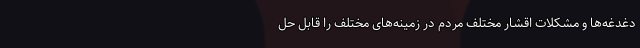
دغدغه‌ها و مشکلات اقشار مختلف مردم در زمینه‌های مختلف را قابل حل